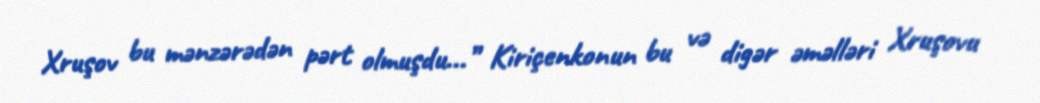
Xruşov bu mənzərədən pərt olmuşdu...” Kiriçenkonun bu və digər əməlləri Xruşovu